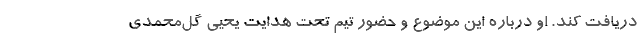
دریافت کند. او درباره این موضوع و حضور تیم تحت هدایت یحیی گل‌محمدی